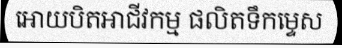
អោយបិតអាជីវកម្ម ផលិតទឹកម្ទេស